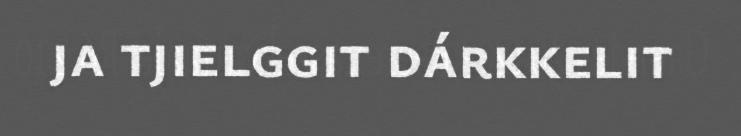
ja tjielggit dárkkelit